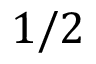
1 / 2